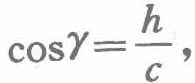
\(\cos\gamma=\frac{h}{c},\)